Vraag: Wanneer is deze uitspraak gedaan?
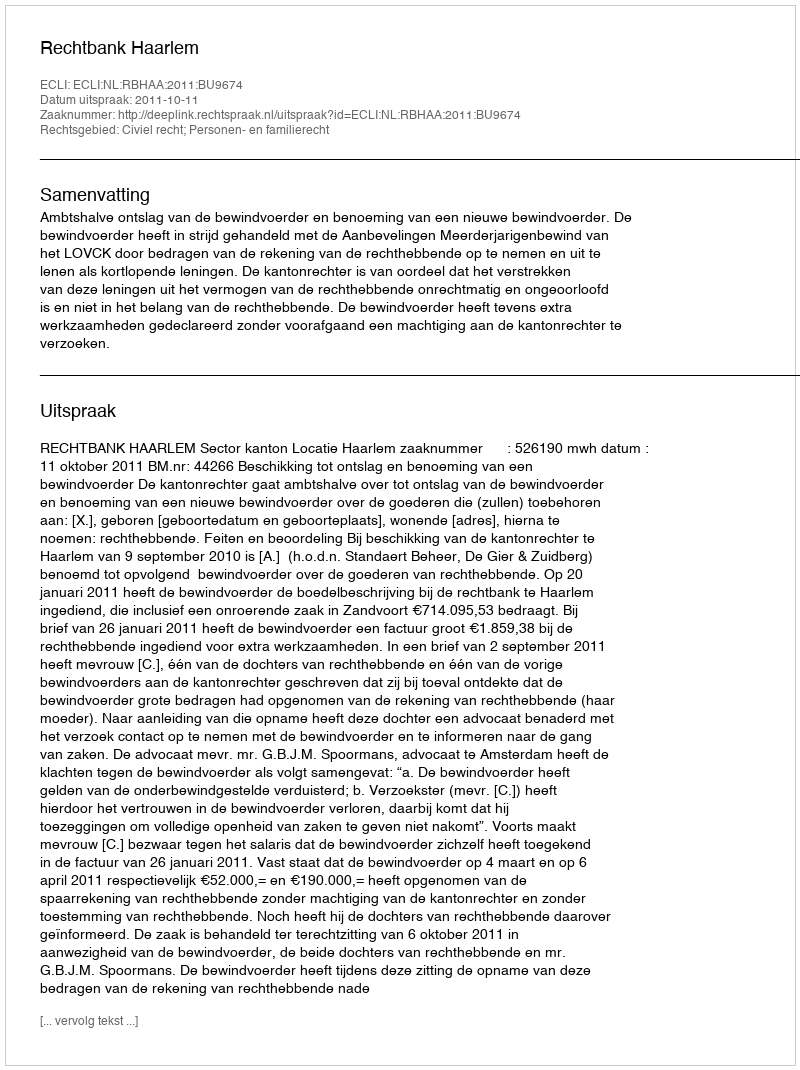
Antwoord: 2011-10-11